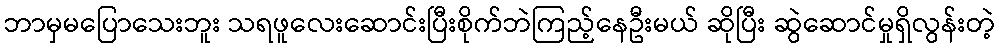
ဘာမှမပြောသေးဘူး သရဖူလေးဆောင်းပြီးစိုက်ဘဲကြည့်နေဦးမယ် ဆိုပြီး ဆွဲဆောင်မှုရှိလွန်းတဲ့